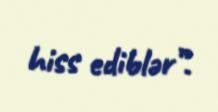
hiss ediblər”.